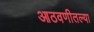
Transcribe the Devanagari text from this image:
आठवणीतल्या